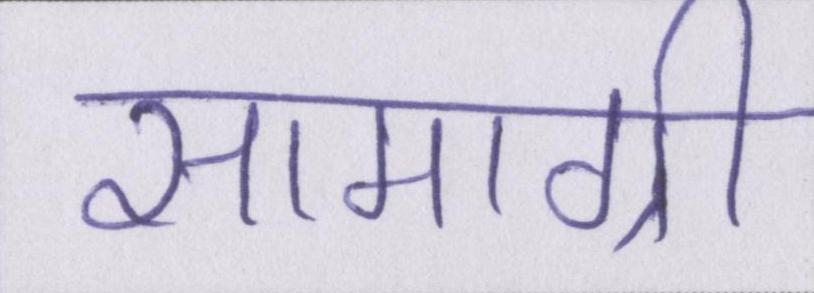
सामाग्री